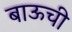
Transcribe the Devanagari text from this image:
बाऊची